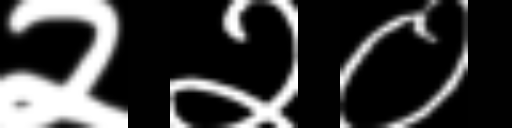
Text: २२०